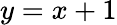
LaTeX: y=x+1